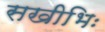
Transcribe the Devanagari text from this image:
सखीभिः